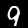
Digit: 9